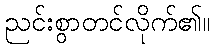
ညင်းစွာတင်လိုက်၏။